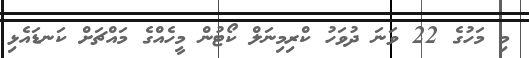
މި މަހުގެ 22 ވަނަ ދުވަހު ކްރިމިނަލް ކޯޓުން މީހެއްގެ މައްޗަށް ކަނޑައެޅި